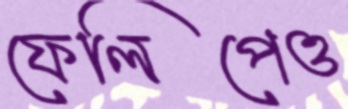
ফেলিপেও